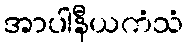
အာပါနီယကံသံ